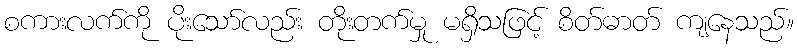
စကားလက်ကို ပိုးသော်လည်း တိုးတက်မှု မရှိသဖြင့် စိတ်ဓာတ် ကျနေသည်။